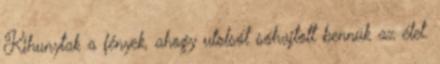
Kihunytak a fények, ahogy utolsót sóhajtott bennük az élet.